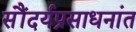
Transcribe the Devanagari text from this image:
सौंदर्यप्रसाधनांत